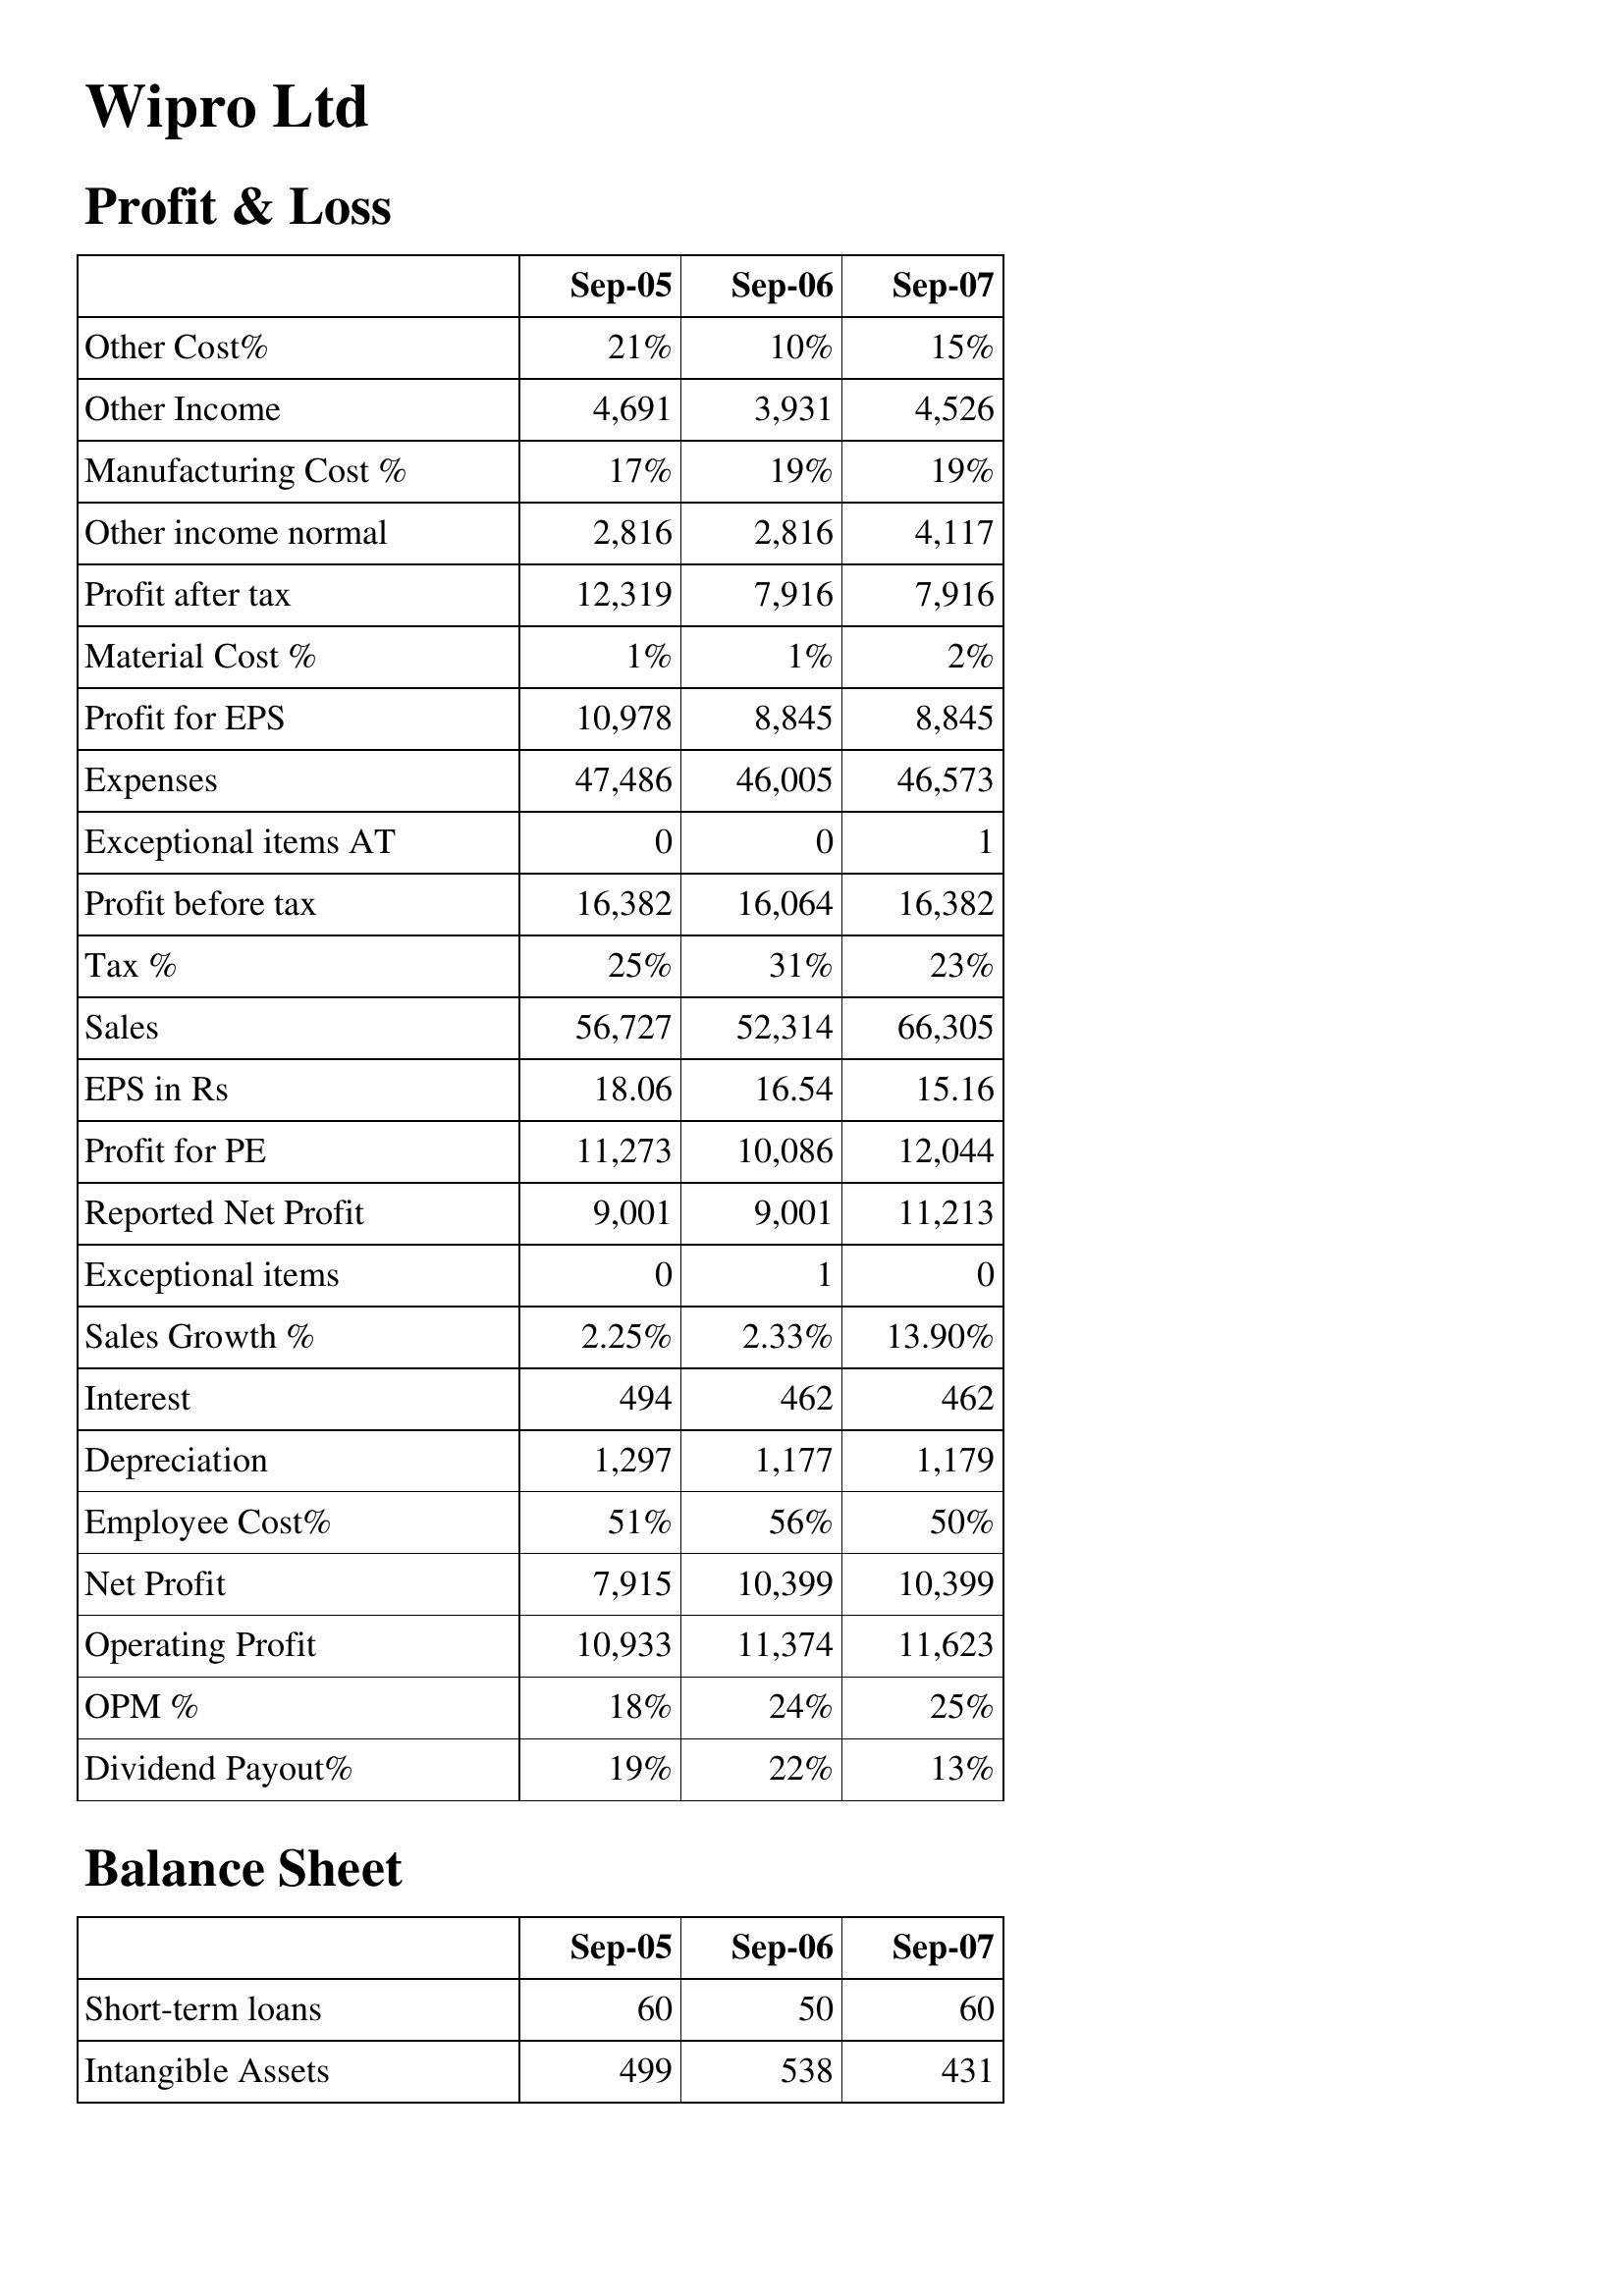
Sep-05: Profit & Loss: Other Cost%: 21%
Other Income: 4,691
Manufacturing Cost %: 17%
Other income normal: 2,816
Profit after tax: 12,319
Material Cost %: 1%
Profit for EPS: 10,978
Expenses: 47,486
Exceptional items AT: 0
Profit before tax: 16,382
Tax %: 25%
Sales: 56,727
EPS in Rs: 18.06
Profit for PE: 11,273
Reported Net Profit: 9,001
Exceptional items: 0
Sales Growth %: 2.25%
Interest: 494
Depreciation: 1,297
Employee Cost%: 51%
Net Profit: 7,915
Operating Profit: 10,933
OPM %: 18%
Dividend Payout%: 19%
Balance Sheet: Short-term loans: 60
Intangible Assets: 499
Sep-06: Profit & Loss: Other Cost%: 10%
Other Income: 3,931
Manufacturing Cost %: 19%
Other income normal: 2,816
Profit after tax: 7,916
Material Cost %: 1%
Profit for EPS: 8,845
Expenses: 46,005
Exceptional items AT: 0
Profit before tax: 16,064
Tax %: 31%
Sales: 52,314
EPS in Rs: 16.54
Profit for PE: 10,086
Reported Net Profit: 9,001
Exceptional items: 1
Sales Growth %: 2.33%
Interest: 462
Depreciation: 1,177
Employee Cost%: 56%
Net Profit: 10,399
Operating Profit: 11,374
OPM %: 24%
Dividend Payout%: 22%
Balance Sheet: Short-term loans: 50
Intangible Assets: 538
Sep-07: Profit & Loss: Other Cost%: 15%
Other Income: 4,526
Manufacturing Cost %: 19%
Other income normal: 4,117
Profit after tax: 7,916
Material Cost %: 2%
Profit for EPS: 8,845
Expenses: 46,573
Exceptional items AT: 1
Profit before tax: 16,382
Tax %: 23%
Sales: 66,305
EPS in Rs: 15.16
Profit for PE: 12,044
Reported Net Profit: 11,213
Exceptional items: 0
Sales Growth %: 13.90%
Interest: 462
Depreciation: 1,179
Employee Cost%: 50%
Net Profit: 10,399
Operating Profit: 11,623
OPM %: 25%
Dividend Payout%: 13%
Balance Sheet: Short-term loans: 60
Intangible Assets: 431